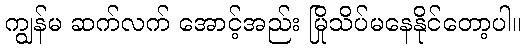
ကျွန်မ ဆက်လက် အောင့်အည်း မြိုသိပ်မနေနိုင်တော့ပါ။